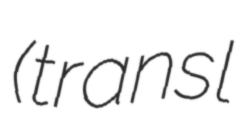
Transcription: (transl